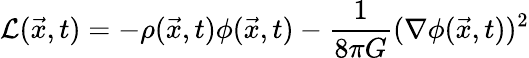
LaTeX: {\mathcal{L}}({\vec{x}},t)=-\rho({\vec{x}},t)\phi({\vec{x}},t)-{\frac{1}{8\pi G}}(\nabla\phi({\vec{x}},t))^{2}